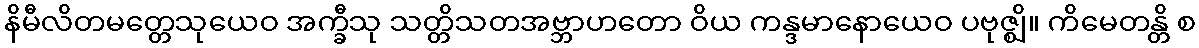
နိမီလိတမတ္တေသုယေဝ အက္ခီသု သတ္တိသတအဗ္ဘာဟတော ဝိယ ကန္ဒမာနောယေဝ ပဗုဇ္ဈိ။ ကိမေတန္တိ စ